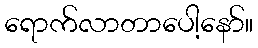
ရောက်လာတာပေါ့နော်။